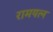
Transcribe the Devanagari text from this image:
रामयत्न